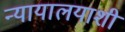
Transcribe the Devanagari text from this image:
न्यायालयाशी